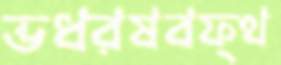
ভধরষবফ্থ